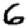
Digit: 6